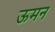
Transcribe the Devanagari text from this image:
ऊमन